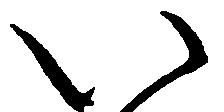
い